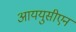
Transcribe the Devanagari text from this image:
आययुसीएन